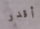
أقدر